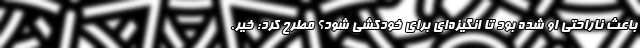
باعث ناراحتی او شده بود تا انگیزه‌‌ای برای خودکشی شود؟ مطرح کرد: خیر.